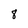
Character: 8